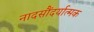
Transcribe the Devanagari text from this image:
नादसौंदर्यात्मक